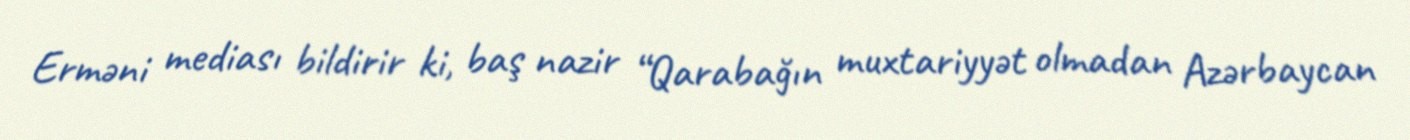
Erməni mediası bildirir ki, baş nazir “Qarabağın muxtariyyət olmadan Azərbaycan